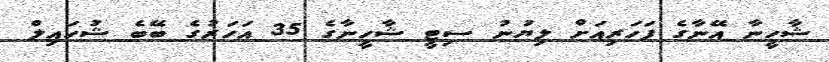
ޝާހީނާ އޭނާގެ ފަހަރިއަށް ލިޔުނު ސިޓީ ޝާހީނާގެ 35 އަހަރުގެ ބޭބެ ޝުހައިލް